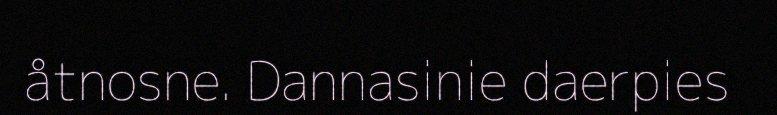
åtnosne. Dannasinie daerpies